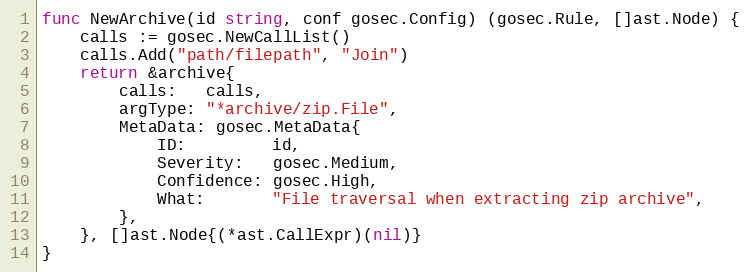
Language: Go
func NewArchive(id string, conf gosec.Config) (gosec.Rule, []ast.Node) {
	calls := gosec.NewCallList()
	calls.Add("path/filepath", "Join")
	return &archive{
		calls:   calls,
		argType: "*archive/zip.File",
		MetaData: gosec.MetaData{
			ID:         id,
			Severity:   gosec.Medium,
			Confidence: gosec.High,
			What:       "File traversal when extracting zip archive",
		},
	}, []ast.Node{(*ast.CallExpr)(nil)}
}